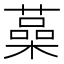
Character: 𦾈